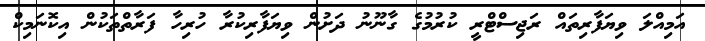
އަމިއްލަ ވިޔަފާރިތައް ރަޖިސްޓްރީ ކުރުމުގެ ގާނޫނު ދަށުން ވިޔަފާރިކުރާ ހުރިހާ ފަރާތްތަކުން އިކޮނަމިކް